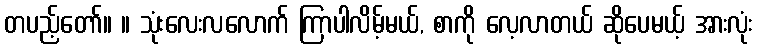
တပည့်တော်။ ။ သုံးလေးလလောက် ကြာပါလိမ့်မယ်, စာကို လေ့လာတယ် ဆိုပေမယ့် အားလုံး